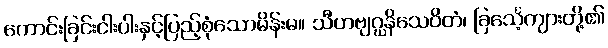
ကောင်းခြင်းငါးပါးနှင့်ပြည့်စုံသောမိန်းမ။ သီဟဗျဂ္ဃနိသေဝိတံ၊ ခြင်္သေ့ကျားတို့၏